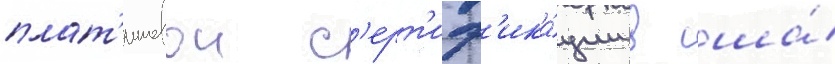
плат'иновои с'ерт'иф'ика́ции в сша́